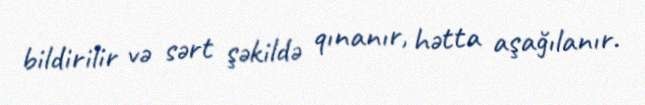
bildirilir və sərt şəkildə qınanır, hətta aşağılanır.